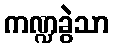
ကဏ္ဍခွဲသာ